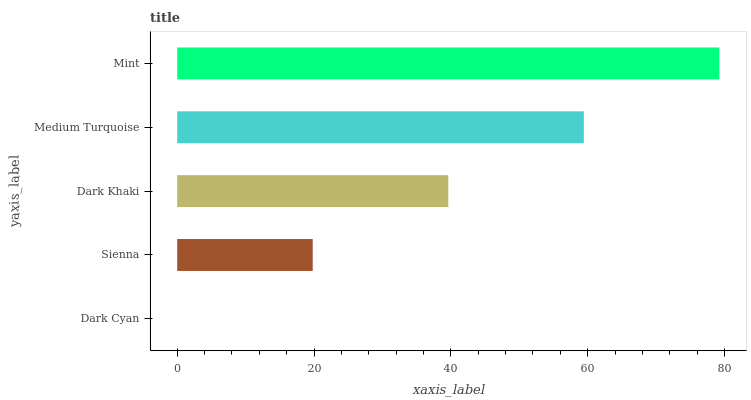
| yaxis_label | bars |
 | --- | --- |
 | Dark Cyan | 0 |
 | Sienna | 19.8 |
 | Dark Khaki | 39.6 |
 | Medium Turquoise | 59.4 |
 | Mint | 79.2 |